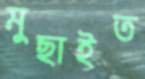
মুছাইত